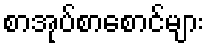
စာအုပ်စာစောင်များ